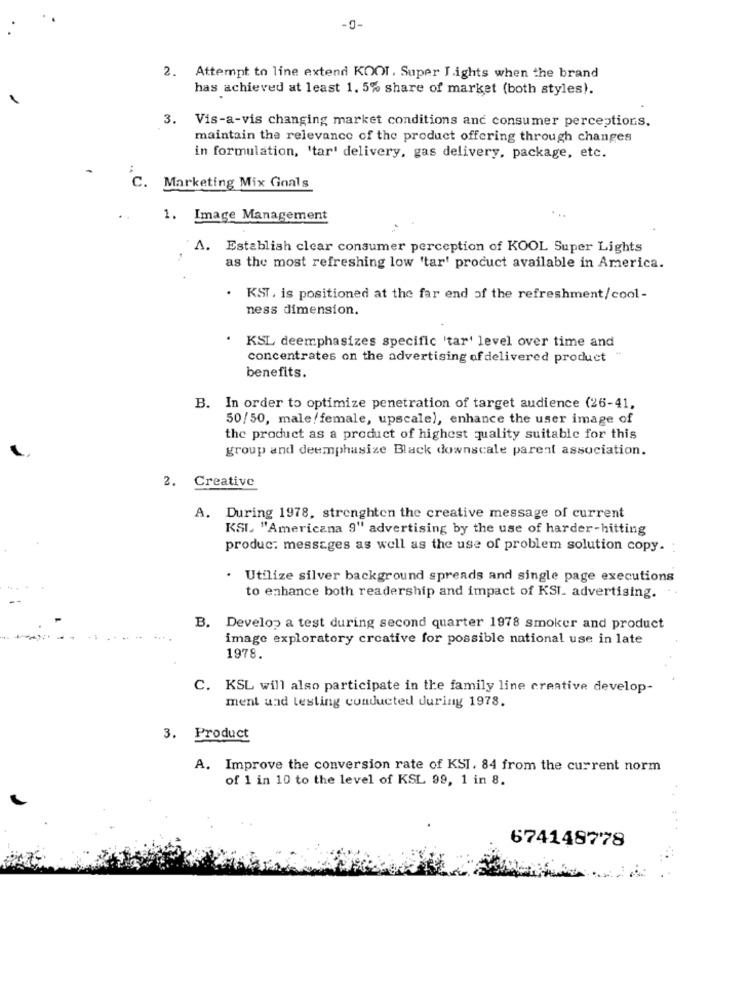
-g-
2. Attempt to line extend KOOI. Super Lights when the brand
has achieved at least 1. 5% share of market (both styles).
3. Vis-a-vis changing market conditions and consumer perceptions.
maintain the relevance of the product offering through changes
in formulation, 'tar' delivery, gas delivery, package, etc.
c.
Marketing Mix Goals
1. Image Management
A. Establish clear consumer perception of KOOL Super Lights
as the most refreshing low 'tar' product available in America.
. KST. is positioned at the far end of the refreshment/cool-
ness dimension.
. KSL deemphasizes specific 'tar' level over time and
concentrates on the advertising of delivered product "
benefits.
B. In order to optimize penetration of target audience (26-41,
50/50, male/female, upscale), enhance the user image of
the product as a product of highest quality suitable for this
group and deemphasize Black downscale parent association.
Creative
A. During 1978, strenghten the creative message of current
KSI. "Americana 9" advertising by the use of harder-hitting
produc: messages as well as the use of problem solution copy.
. Utilize silver background spreads and single page executions
to enhance both readership and impact of KSI. advertising.
B. Develop a test during second quarter 1978 smoker and product
image exploratory creative for possible national use in late
1978.
C. KSL will also participate in the family line creative develop-
ment and testing conducted during 1978.
3. Product
A. Improve the conversion rate of KSI. 84 from the current norm
of 1 in 10 to the level of KSL 99, 1 in 8.
674148778